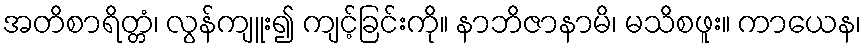
အတိစာရိတ္တံ၊ လွန်ကျူး၍ ကျင့်ခြင်းကို။ နာဘိဇာနာမိ၊ မသိစဖူး။ ကာယေန၊